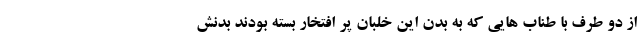
از دو طرف با طناب هايي كه به بدن اين خلبان پر افتخار بسته بودند بدنش